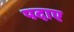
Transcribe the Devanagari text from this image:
पदाए